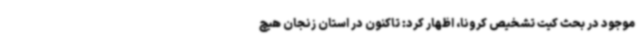
موجود در بحث کیت تشخیص کرونا، اظهار کرد: تاکنون در استان زنجان هیچ